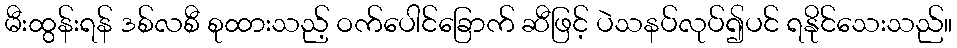
မီးထွန်းရန် ဒစ်လစီ စုထားသည့် ဝက်ပေါင်ခြောက် ဆီဖြင့် ပဲသနပ်လုပ်၍ပင် ရနိုင်သေးသည်။